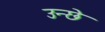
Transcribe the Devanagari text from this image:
उन्छे